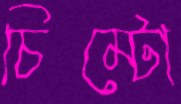
চিম্‌টো